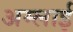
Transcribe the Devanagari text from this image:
अम्लाई